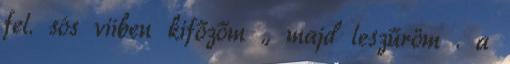
fel. sós viíben kifőzőm ., majd leszűröm . a